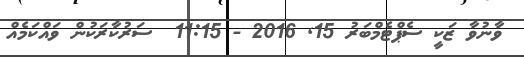
ވާނުވާ ޒަކީ ސެޕްޓެމްބަރު 15